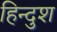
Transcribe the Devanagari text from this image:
हिन्दुश